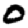
Digit: 0